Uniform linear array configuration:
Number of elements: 8
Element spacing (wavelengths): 0.25
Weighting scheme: kaiser
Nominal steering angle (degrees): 15
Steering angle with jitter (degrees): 16.06
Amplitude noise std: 0.05
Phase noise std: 0.05

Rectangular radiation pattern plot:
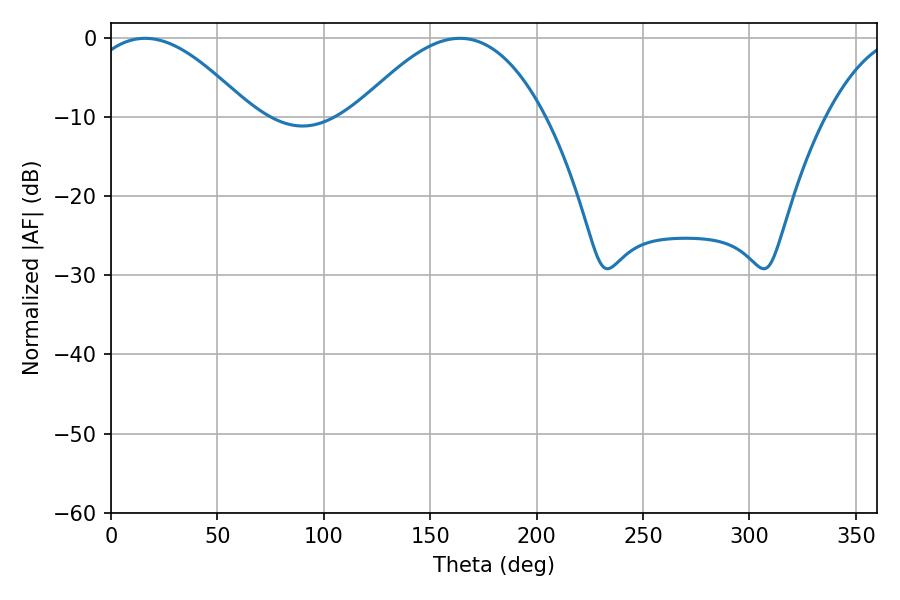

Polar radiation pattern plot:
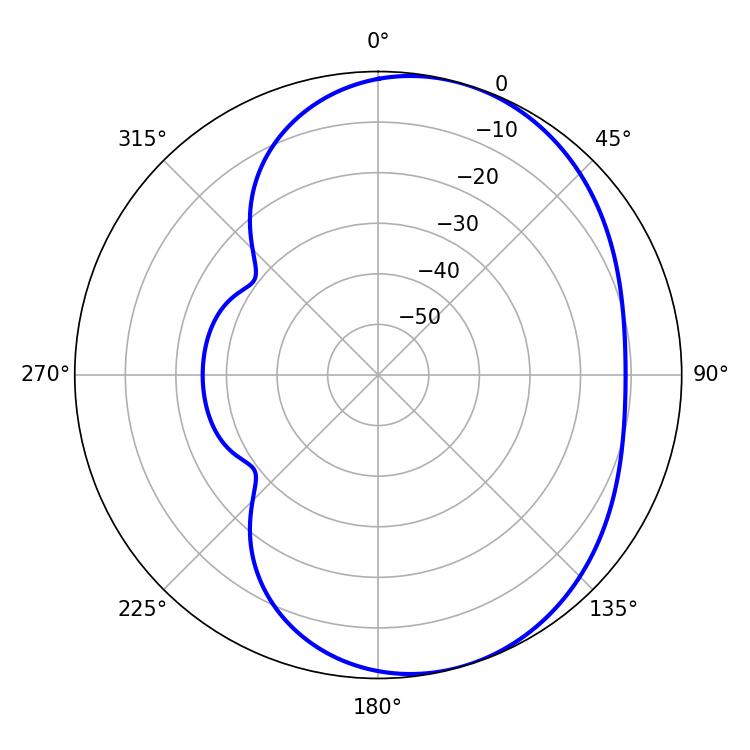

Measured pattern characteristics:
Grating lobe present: FALSE
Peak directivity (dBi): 5.125
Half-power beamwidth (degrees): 41.94
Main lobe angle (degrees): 16.02